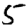
Digit: 5